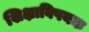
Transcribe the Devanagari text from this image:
शिक्षाविषयक